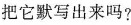
把它默写出来吗?